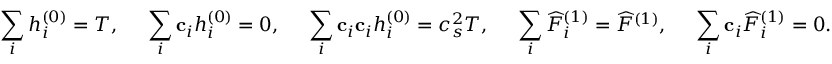
\sum _ { i } { h _ { i } ^ { \left( 0 \right) } } = T , \; \; \; \; \; \sum _ { i } { { { \bf { c } } _ { i } } h _ { i } ^ { \left( 0 \right) } } = 0 , \; \; \; \; \; \sum _ { i } { { { \bf { c } } _ { i } } { { \bf { c } } _ { i } } h _ { i } ^ { \left( 0 \right) } } = c _ { s } ^ { 2 } T , \; \; \; \; \; \sum _ { i } { \widehat F _ { i } ^ { \left( 1 \right) } } = { \widehat F ^ { \left( 1 \right) } } , \; \; \; \; \; \sum _ { i } { { { \bf { c } } _ { i } } \widehat F _ { i } ^ { \left( 1 \right) } } = 0 .